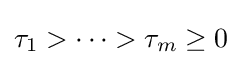
\tau _{1}>\dots >\tau _{m}\geq 0